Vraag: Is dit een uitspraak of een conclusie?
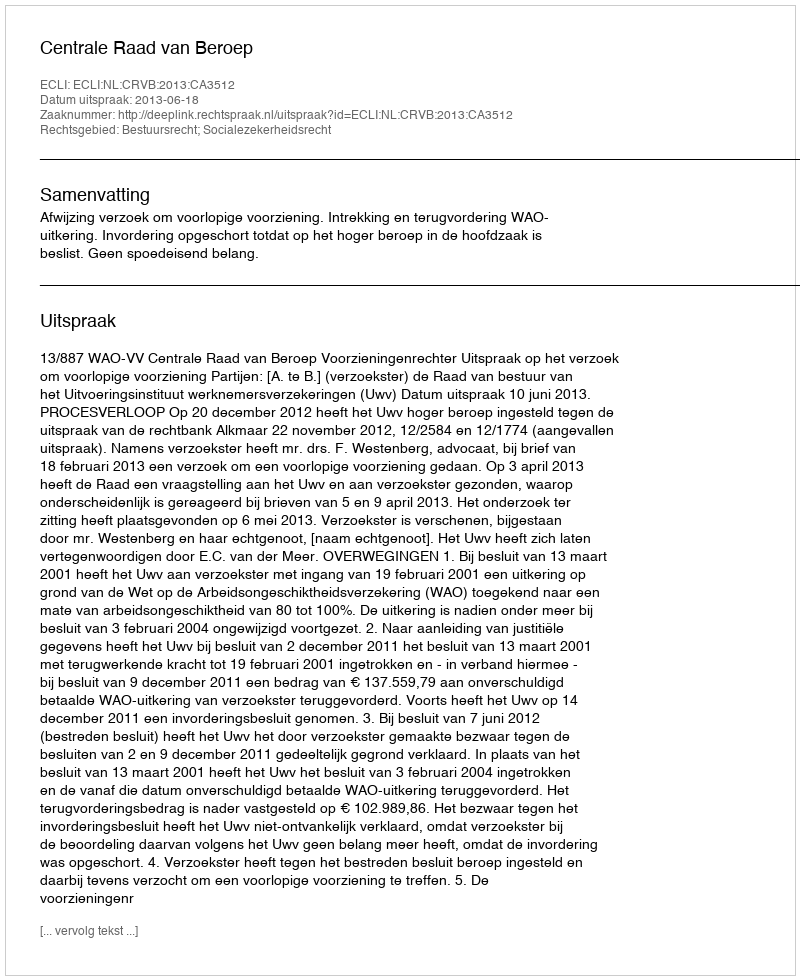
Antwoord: Uitspraak